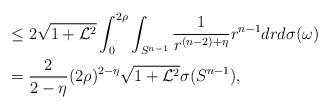
LaTeX: \begin{align*}&\leq2\sqrt{1+\mathcal{L}^{2}} \int_{0}^{2\rho}\int_{S^{n-1}}\frac{1}{r^{(n-2)+\eta}}r^{n-1}drd\sigma(\omega)\\&=\frac{2}{2-\eta}(2\rho)^{2-\eta}\sqrt{1+\mathcal{L}^{2}}\sigma(S^{n-1}),\end{align*}